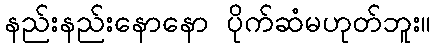
နည်းနည်းနောနော ပိုက်ဆံမဟုတ်ဘူး။